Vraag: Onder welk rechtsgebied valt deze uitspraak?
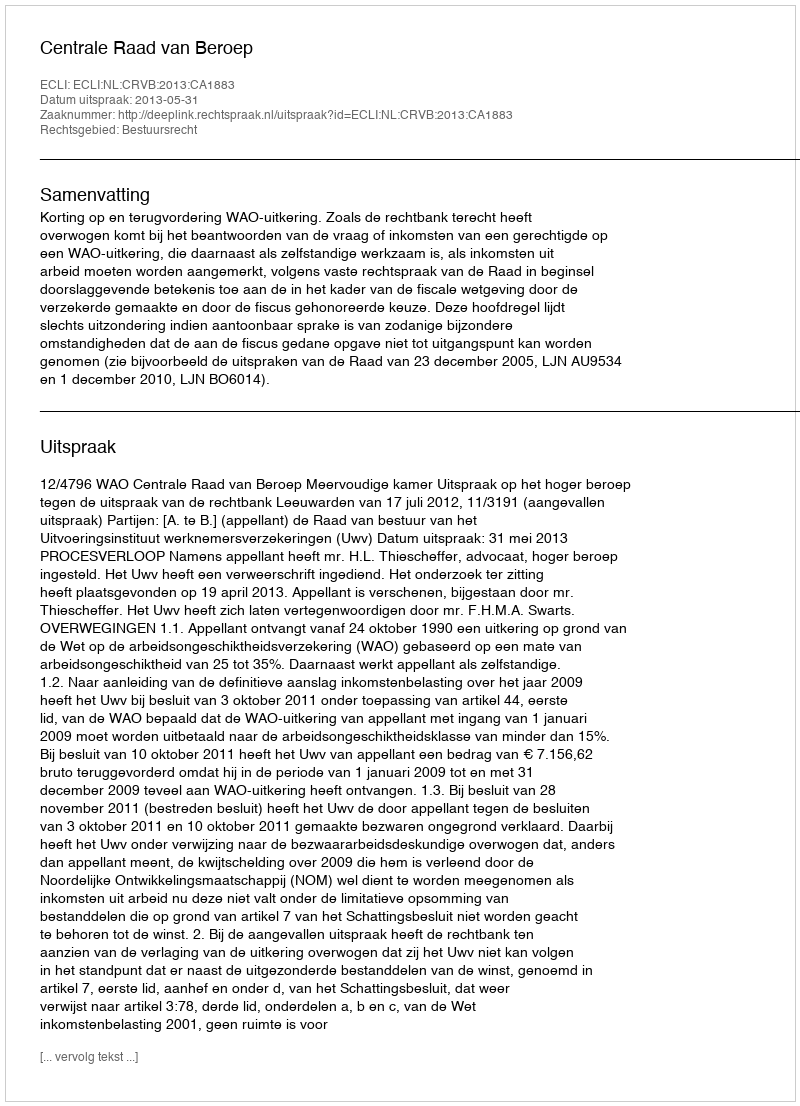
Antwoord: Bestuursrecht